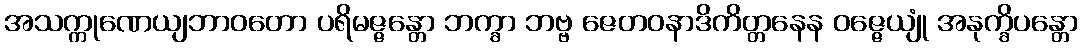
အသက္ကုဏေယျဘာဝတော ပရိမဇ္ဇန္တော ဘက္ခာ ဘဗ္ဗ ဇေတဝနာဒိကိတ္တနေန ဝဇ္ဇေယျုံ အနုက္ခိပန္တော